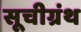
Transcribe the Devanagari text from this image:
सूचीग्रंथ